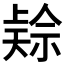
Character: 𱵜